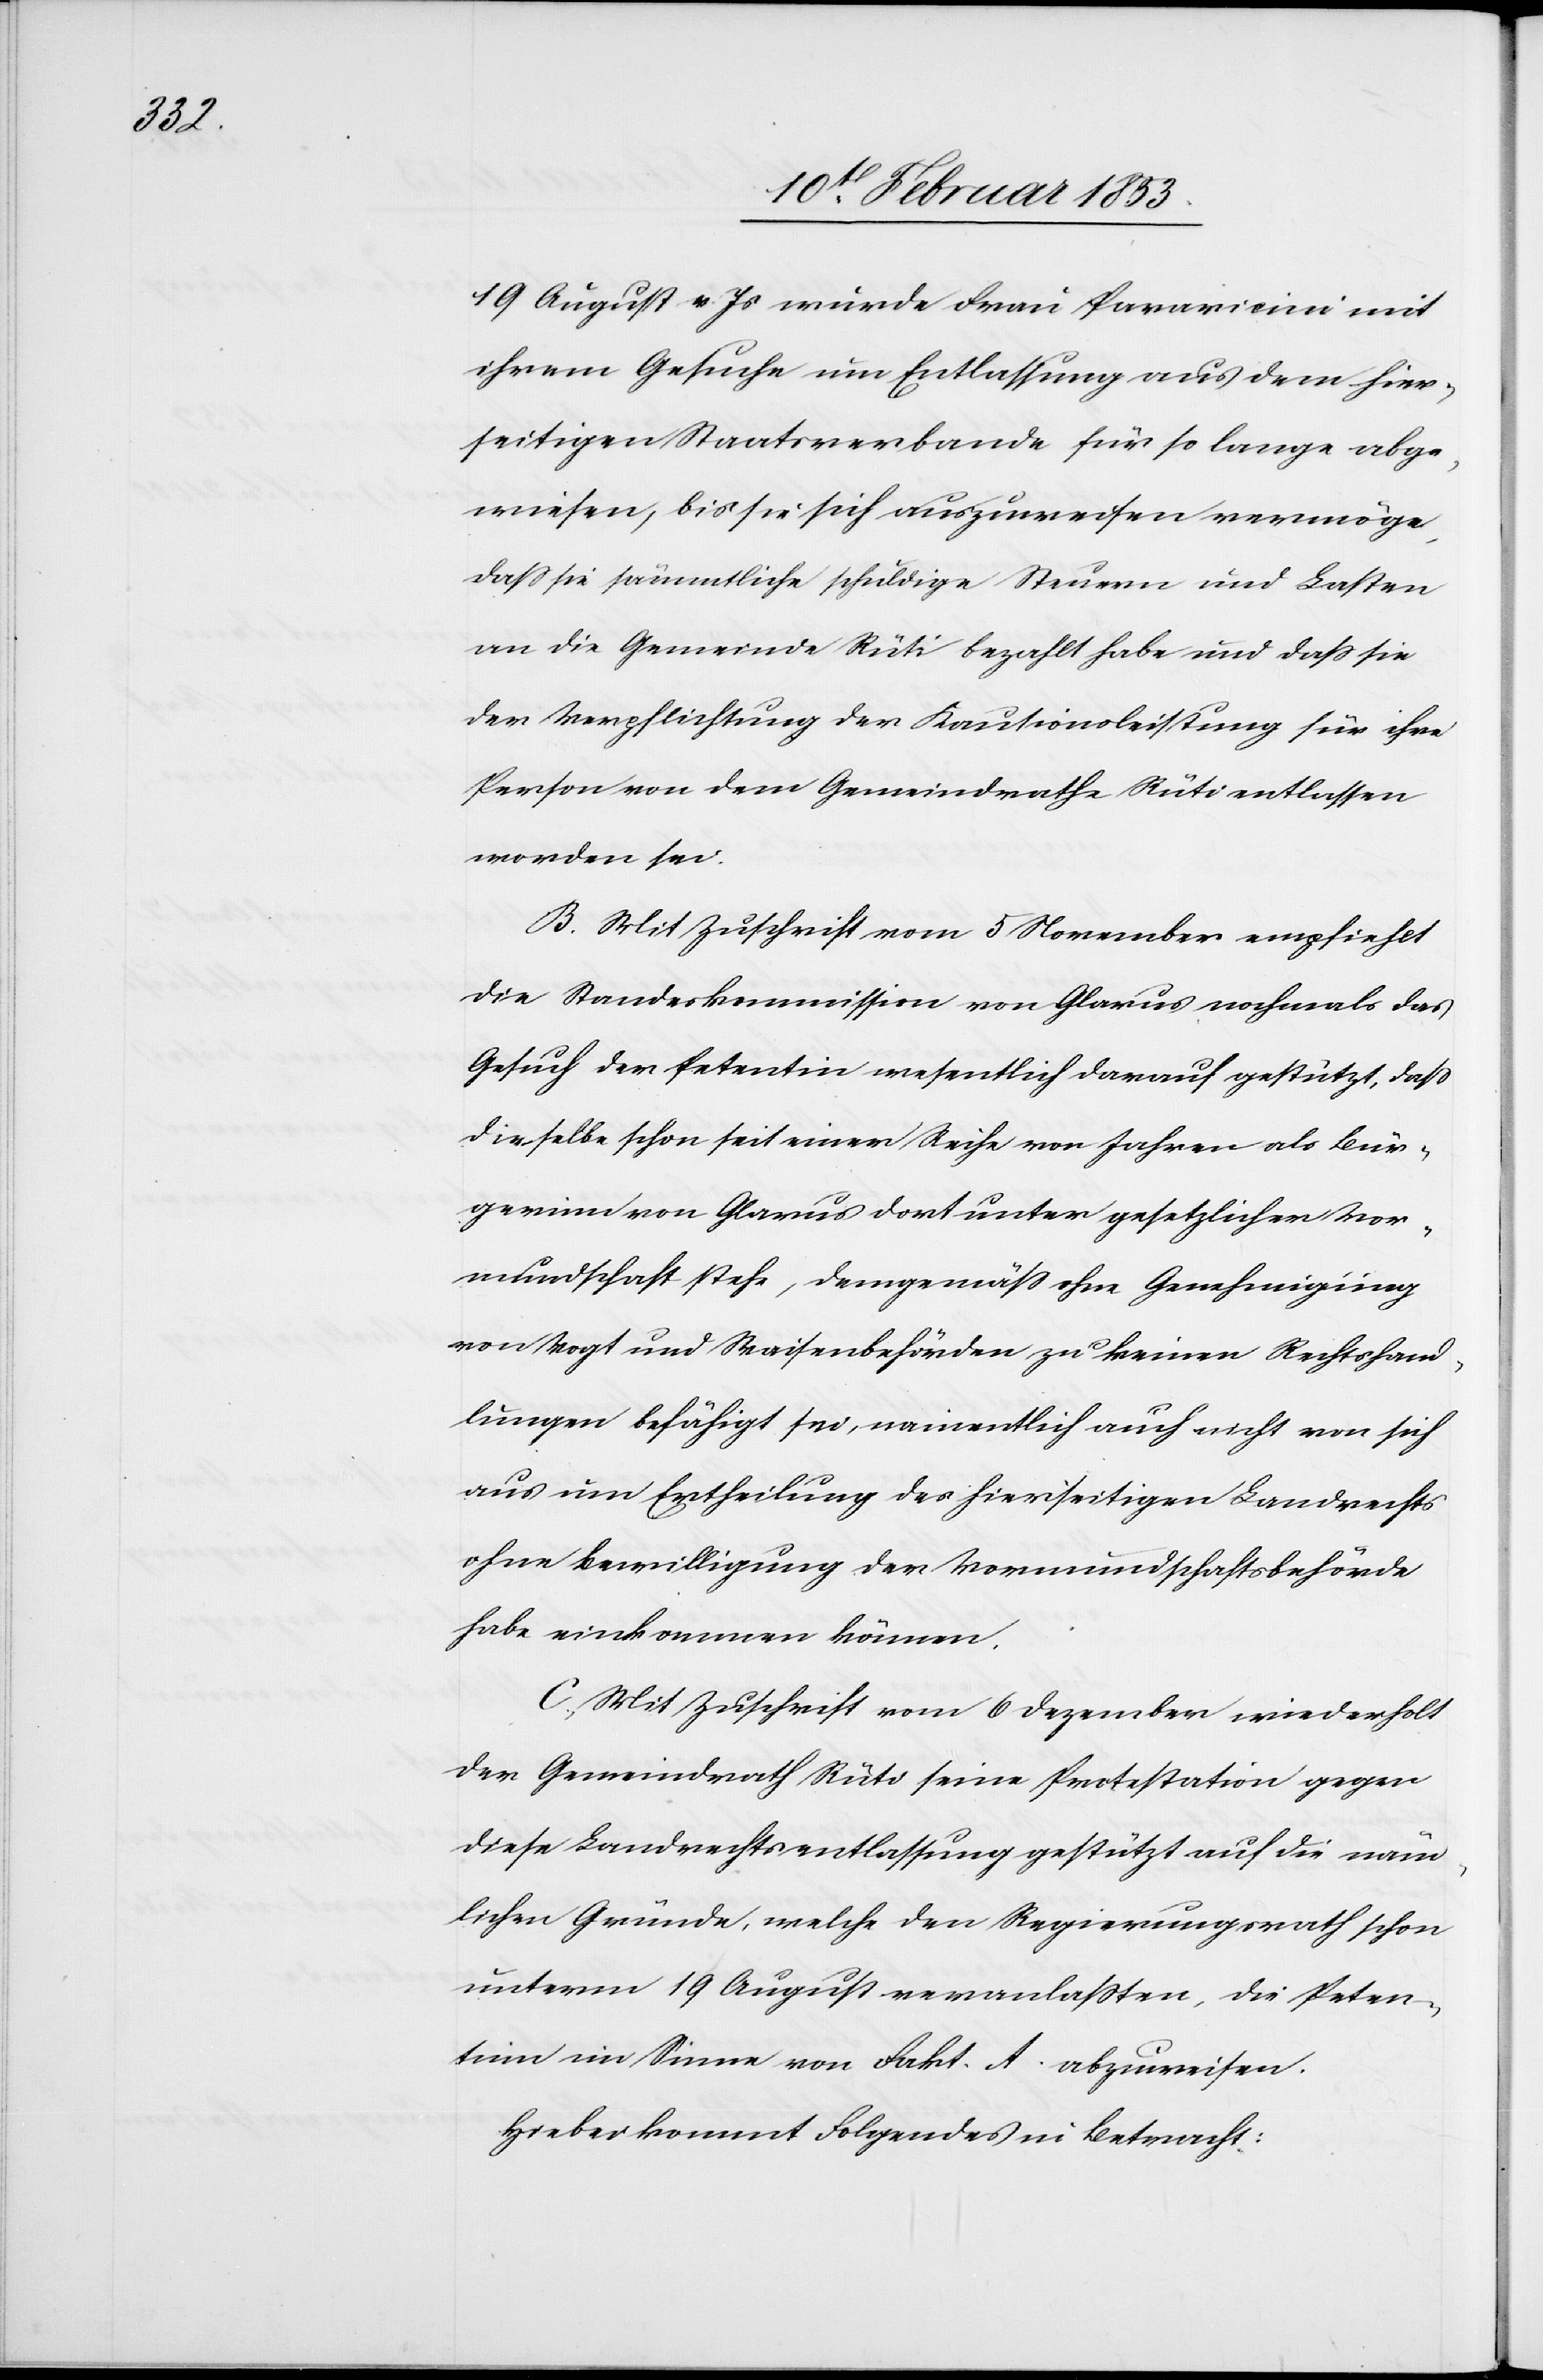
19 August v. Js. wurde Frau Paravicini mit
ihrem Gesuche um Entlassung aus dem hier¬
seitigen Staatsverbande für so lange abge¬
wiesen, bis sie sich auszuweisen vermöge,
daß sie sämmtliche schuldige Steuern und Lasten
an die Gemeinde Rüti bezahlt habe und daß sie
der Verpflichtung de Kautionsleistung für ihre
Person an dem Gemeindrathe Rüti entlassen
worden sei.
Mit Zuschrift vom 5 November empfiehlt
die Standeskommission von Glarus nochmals das
Gesuch der Petentin wesentlich darauf gestützt, daß
dieselbe schon seit einer Reihe von Jahren als Bür¬
gerinn von Glarus dort unter gesetzlicher Vor¬
mundschaft stehe, demgemäß ohne Genehmigung
von Vogt und Waisenbehörden zu keinen Rechtshand¬
lungen befähigt sei, namentlich auch nicht von sich
aus um Ertheilung des hierseitigen Landrechts
ohne Bewilligung der Vormundschaftsbehörde
habe einkommen können.
Mit Zuschrift vom 6 Dezember wiederholt
der Gemeindrath Rüti seine Protestation gegen
diese Landrechtsentlassung gestützt auf die näm¬
lichen Gründe, welche den Regierungsrath schon
unterm 19 August veranlaßten, die Peten¬
tinn im Sinne von Fakt. A. abzuweisen.
Hiebei kommt Folgendes in Betracht: